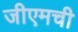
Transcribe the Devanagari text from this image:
जीएमची